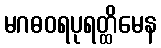
မဂဓဝရပုရတ္ထိမေန